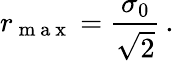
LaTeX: r_{\mathrm{~m~a~x~}}=\frac{\sigma_{0}}{\sqrt{2}}\, .